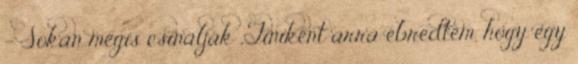
- Sokan mégis csinálják „Tiniként arra ébredtem, hogy egy